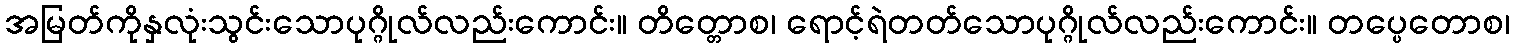
အမြတ်ကိုနှလုံးသွင်းသောပုဂ္ဂိုလ်လည်းကောင်း။ တိတ္တောစ၊ ရောင့်ရဲတတ်သောပုဂ္ဂိုလ်လည်းကောင်း။ တပ္ပေတောစ၊